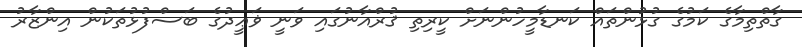
ގާތްތިމާގެ ކަމުގެ ގުޅުންތައް ކަނޑާމީހުންނަށް ކީރިތި ޤުރްއާނުގައި ވަނީ ޥަޢީދުގެ ބަސްފުޅުތަކުން އިންޒާރު